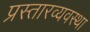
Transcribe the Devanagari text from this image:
प्रस्तारव्यवस्था